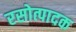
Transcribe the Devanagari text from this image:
रसोत्पादक